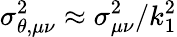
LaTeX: \sigma_{\theta,\mu\nu}^{2}\approx\sigma_{\mu\nu}^{2}/k_{1}^{2}